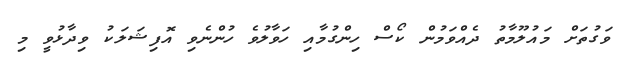
ވަގުތަށް މައުލޫމާތު ދެއްވަމުން ކޯސް ހިންގުމާއި ހަވާލުވެ ހުންނެވި އޮފިޝަލަކު ވިދާޅުވީ މި